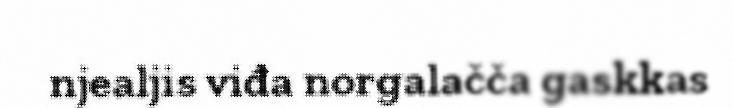
njealjis viđa norgalačča gaskkas